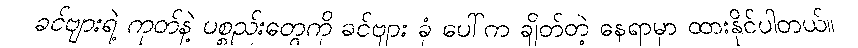
ခင်ဗျားရဲ့ ကုတ်နဲ့ ပစ္စည်းတွေကို ခင်ဗျား ခုံ ပေါ်က ချိတ်တဲ့ နေရာမှာ ထားနိုင်ပါတယ်။